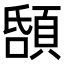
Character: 𩒲